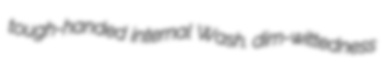
tough-handed internal Wash. dim-wittedness